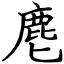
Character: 麀